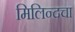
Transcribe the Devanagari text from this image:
मिलिन्दचा